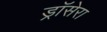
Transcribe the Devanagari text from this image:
ड्रॉसेरा